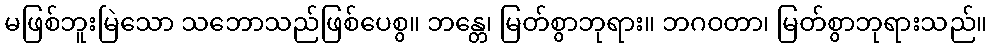
မဖြစ်ဘူးမြဲသော သဘောသည်ဖြစ်ပေစွ။ ဘန္တေ၊ မြတ်စွာဘုရား။ ဘဂဝတာ၊ မြတ်စွာဘုရားသည်။